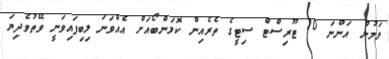
ވަމުން އަންނަ 10 ޓޫރިސްޓް ސިޓީގެ ތެރެއިން ކޮލަންބޯއަށް އެއްވަނަ ލިބިފައިވަނީ ވޭތުވެދިޔަ